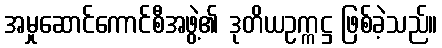
အမှုဆောင်ကောင်စီအဖွဲ့၏ ဒုတိယဥက္ကဋ္ဌ ဖြစ်ခဲ့သည်။